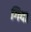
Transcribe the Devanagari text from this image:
गिदा